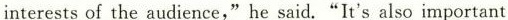
interests of the audience,"he said.“It's also important